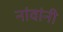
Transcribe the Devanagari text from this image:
नांवांनी